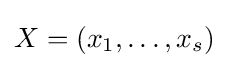
X=(x_{1},\dots ,x_{s})